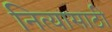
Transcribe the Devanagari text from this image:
नित्यासाठी